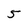
Character: 5